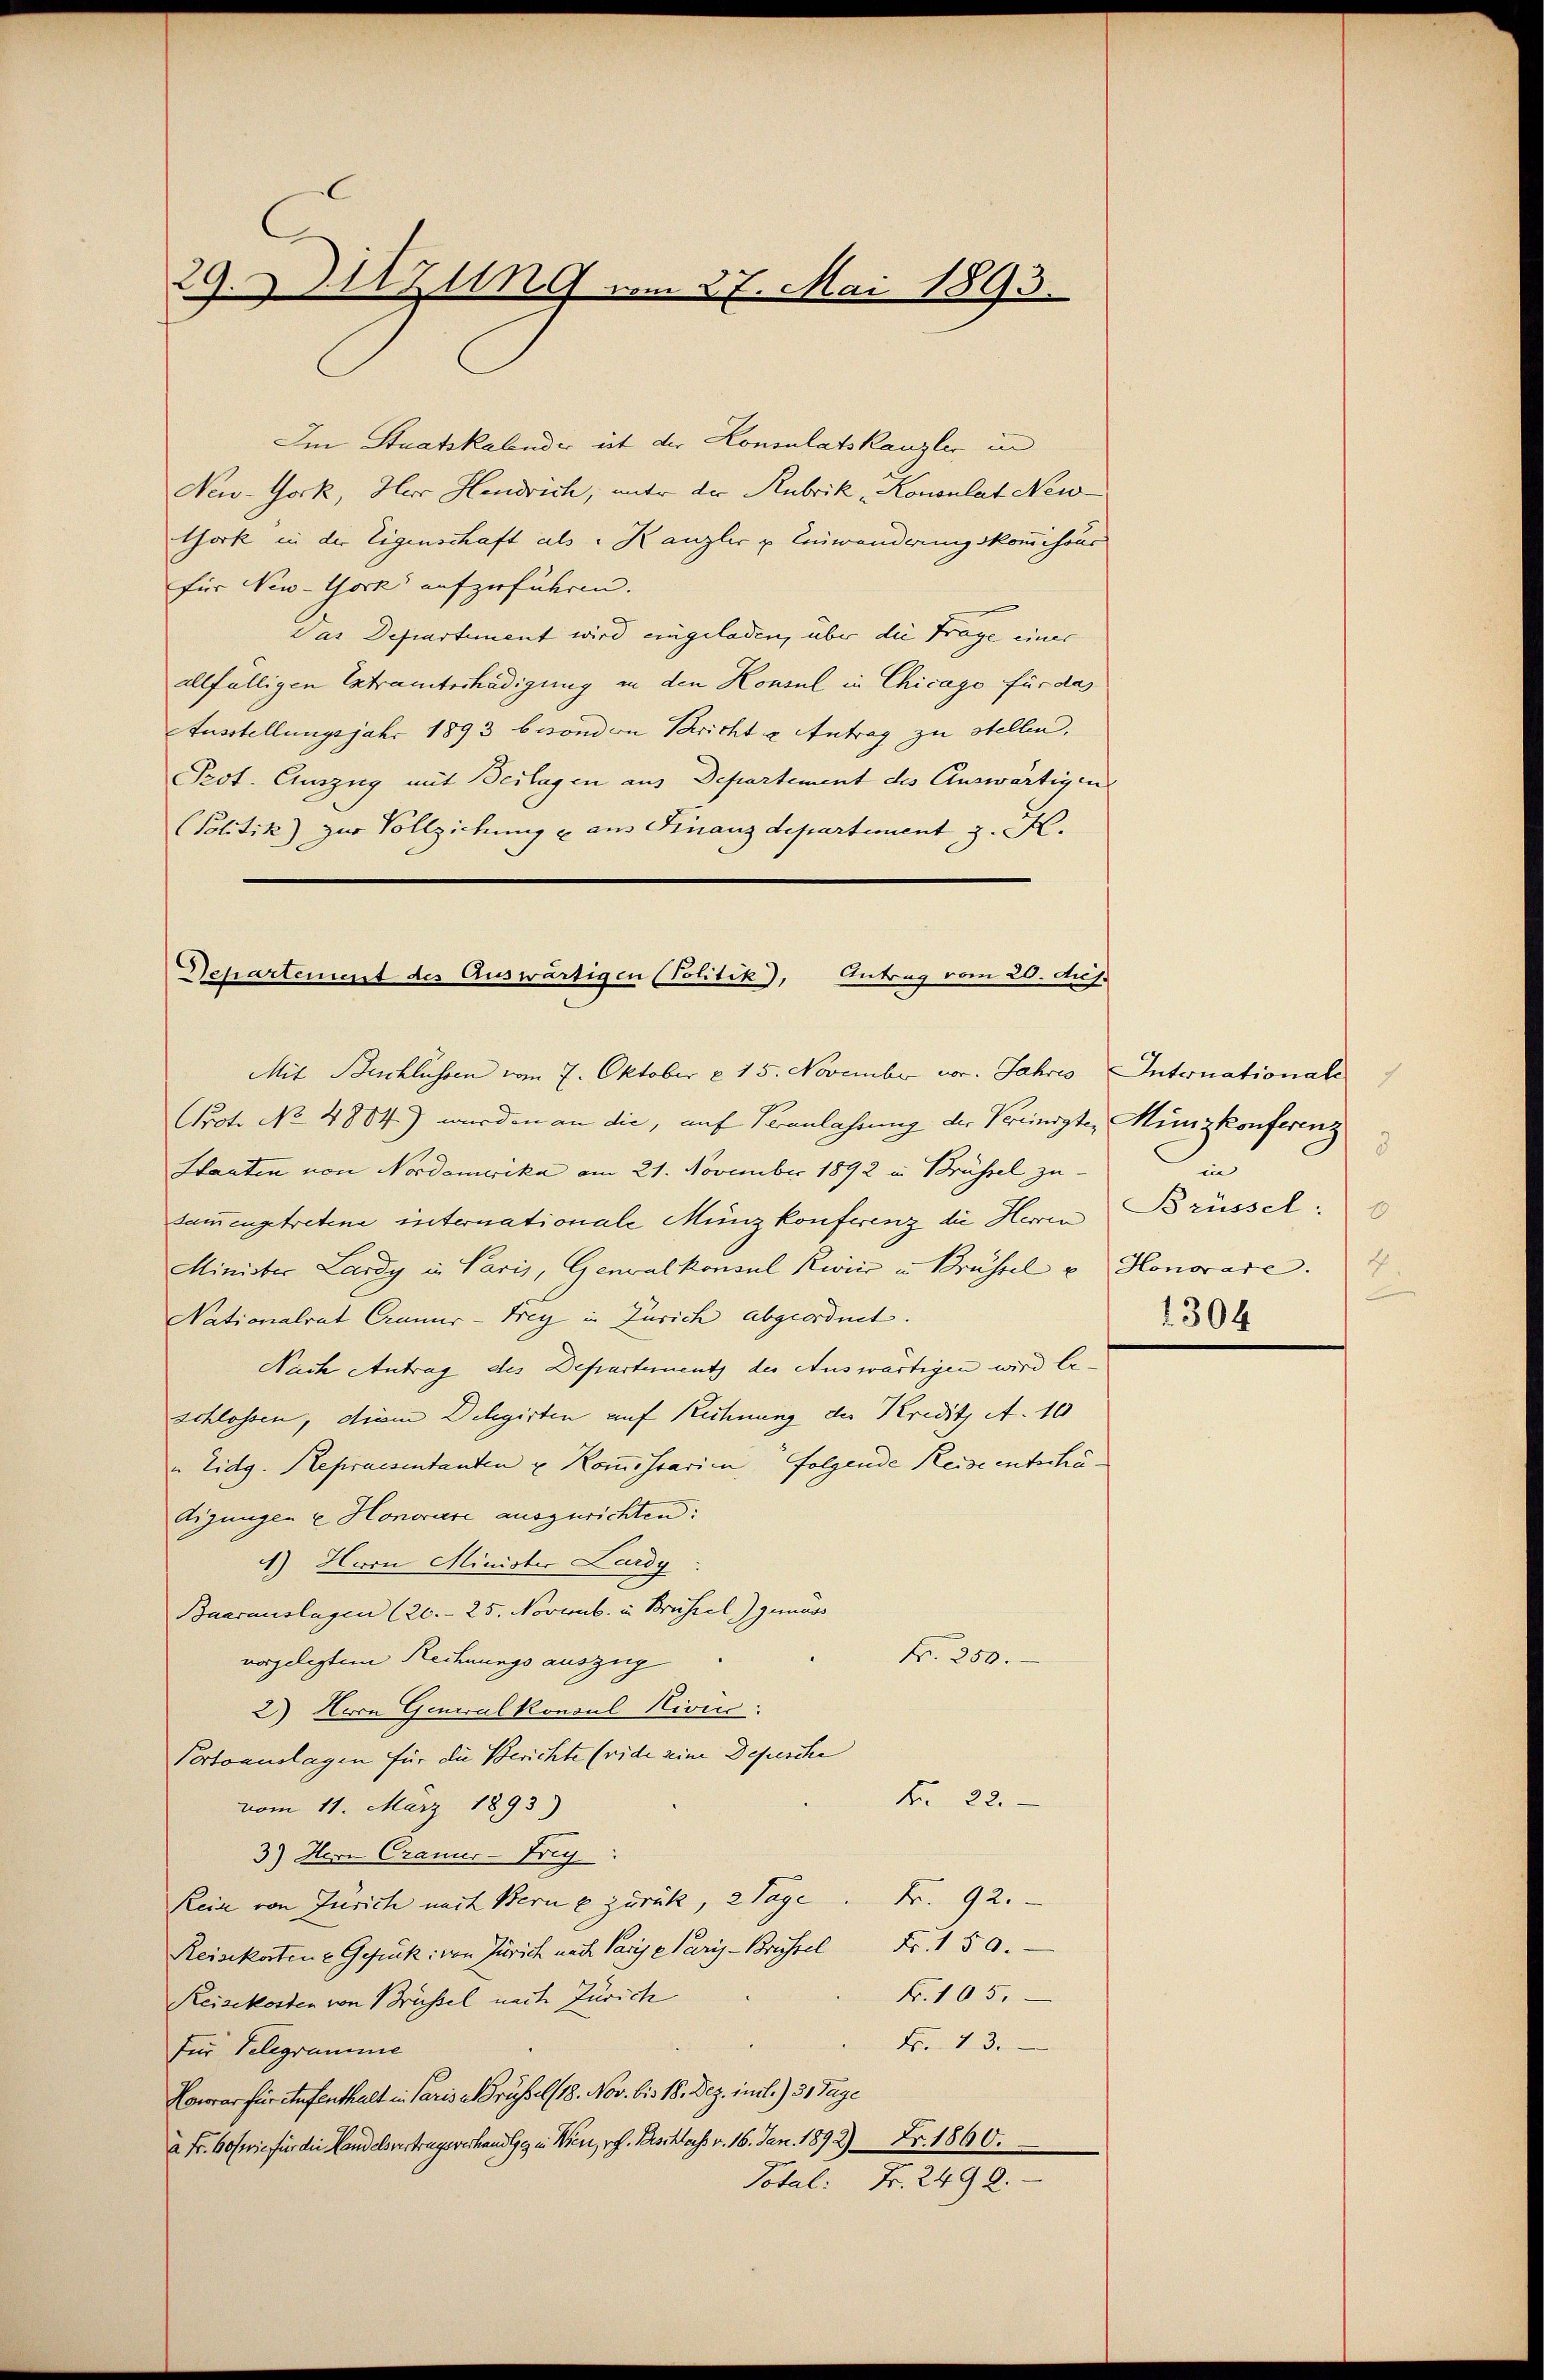
29. 11 zing vom 27. Mai 1893.

Im Staatskalender ist der Konsulatskanzler in
New-York, Her Hendrich, unter der Rubrik „Konsulat New-
thork in der Eigenschaft als Kanzler u. Einwanderungskommisour
für New-York aufzuführen.
Das Departement wird eingeladen, über die Frage einer
allfälligen Betrunterhadigung in den Konsul in Chicago für das
Ausstellungsjahr 1893 besondern Schricht u Antrag zu stellen.
Prot. Auszug mit Beilagen aus Departement des Auswärtigen
Politik) zur Vollziehung u aus Finanzdepartement z. K.
Departement des Auswärtigen (Politik), Antrag vom 20. Aus

Mit Buchlüssen vom 7. Oktober u. 15. November vor. Jahres Internationale
Prot. No. 4804) wurden an die, auf Veranlassung der Vereinigte, Münzkonferenz
Staaten von Nordamerika am 21. November 1892 in Brüssel zu-
sammengetretene internationale Münzkonferenz die Herren
Minister Lardy in Paris, Generalkonsul Rivier in Brüssel u. Honorare.
Nationalrat Craner-Frey in Zürich abgeordnet.
Nach Antrag des Departement der Auswärtigen wird be-
schlossen, diem Delegirten auf Rechnung der Kredit A. 10
" Eidg. Repraesentanten u Kommissarien folgende Reise entschädigungen u. Honorare auszurichten:
4) Herrn Minister Lardy
Baarauslagen (20. 25. Novemb. in Brüssel gemäss
N. 250.
vorgelegtem Rechnungs auszug
2) Herrn Generalkonsul Hivic:
Portoauslagen für die Berichte (vide seine Depesche
Fr. 22.
vom 11. März 1893)
3) Herr Cranur-Frey
Reine von Zürich nach Berne zurück, 2 Tage. Fr. 92.
Reisekostene Gerück: von Zürich nach Paris Paris - Brüssel Fr. 150.
k. 105.
Reisekosten von Brüssel nach Zürich
Fr. 13.
für Telegramme
Honorar für Aufenthalt in Paris Brüssel (18. Nov. bis 18. Dez. im l. 31 Tage
a Fr. 60 (wie für die Handelsvertragsverhandle in Wien, vgl. Paschloss v. 16. Jan. 1892) Fr. 1860.
Total: Fr. 2499.

3
u
Brüssel:
1
1304